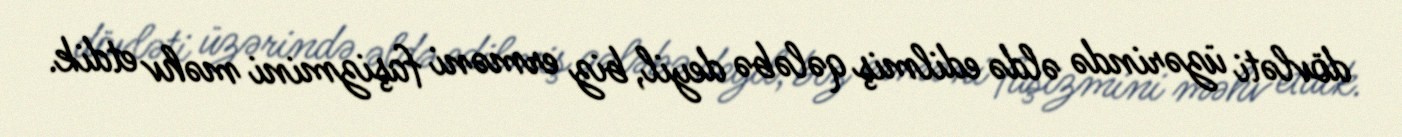
dövləti üzərində əldə edilmiş qələbə deyil, biz erməni faşizmini məhv etdik.